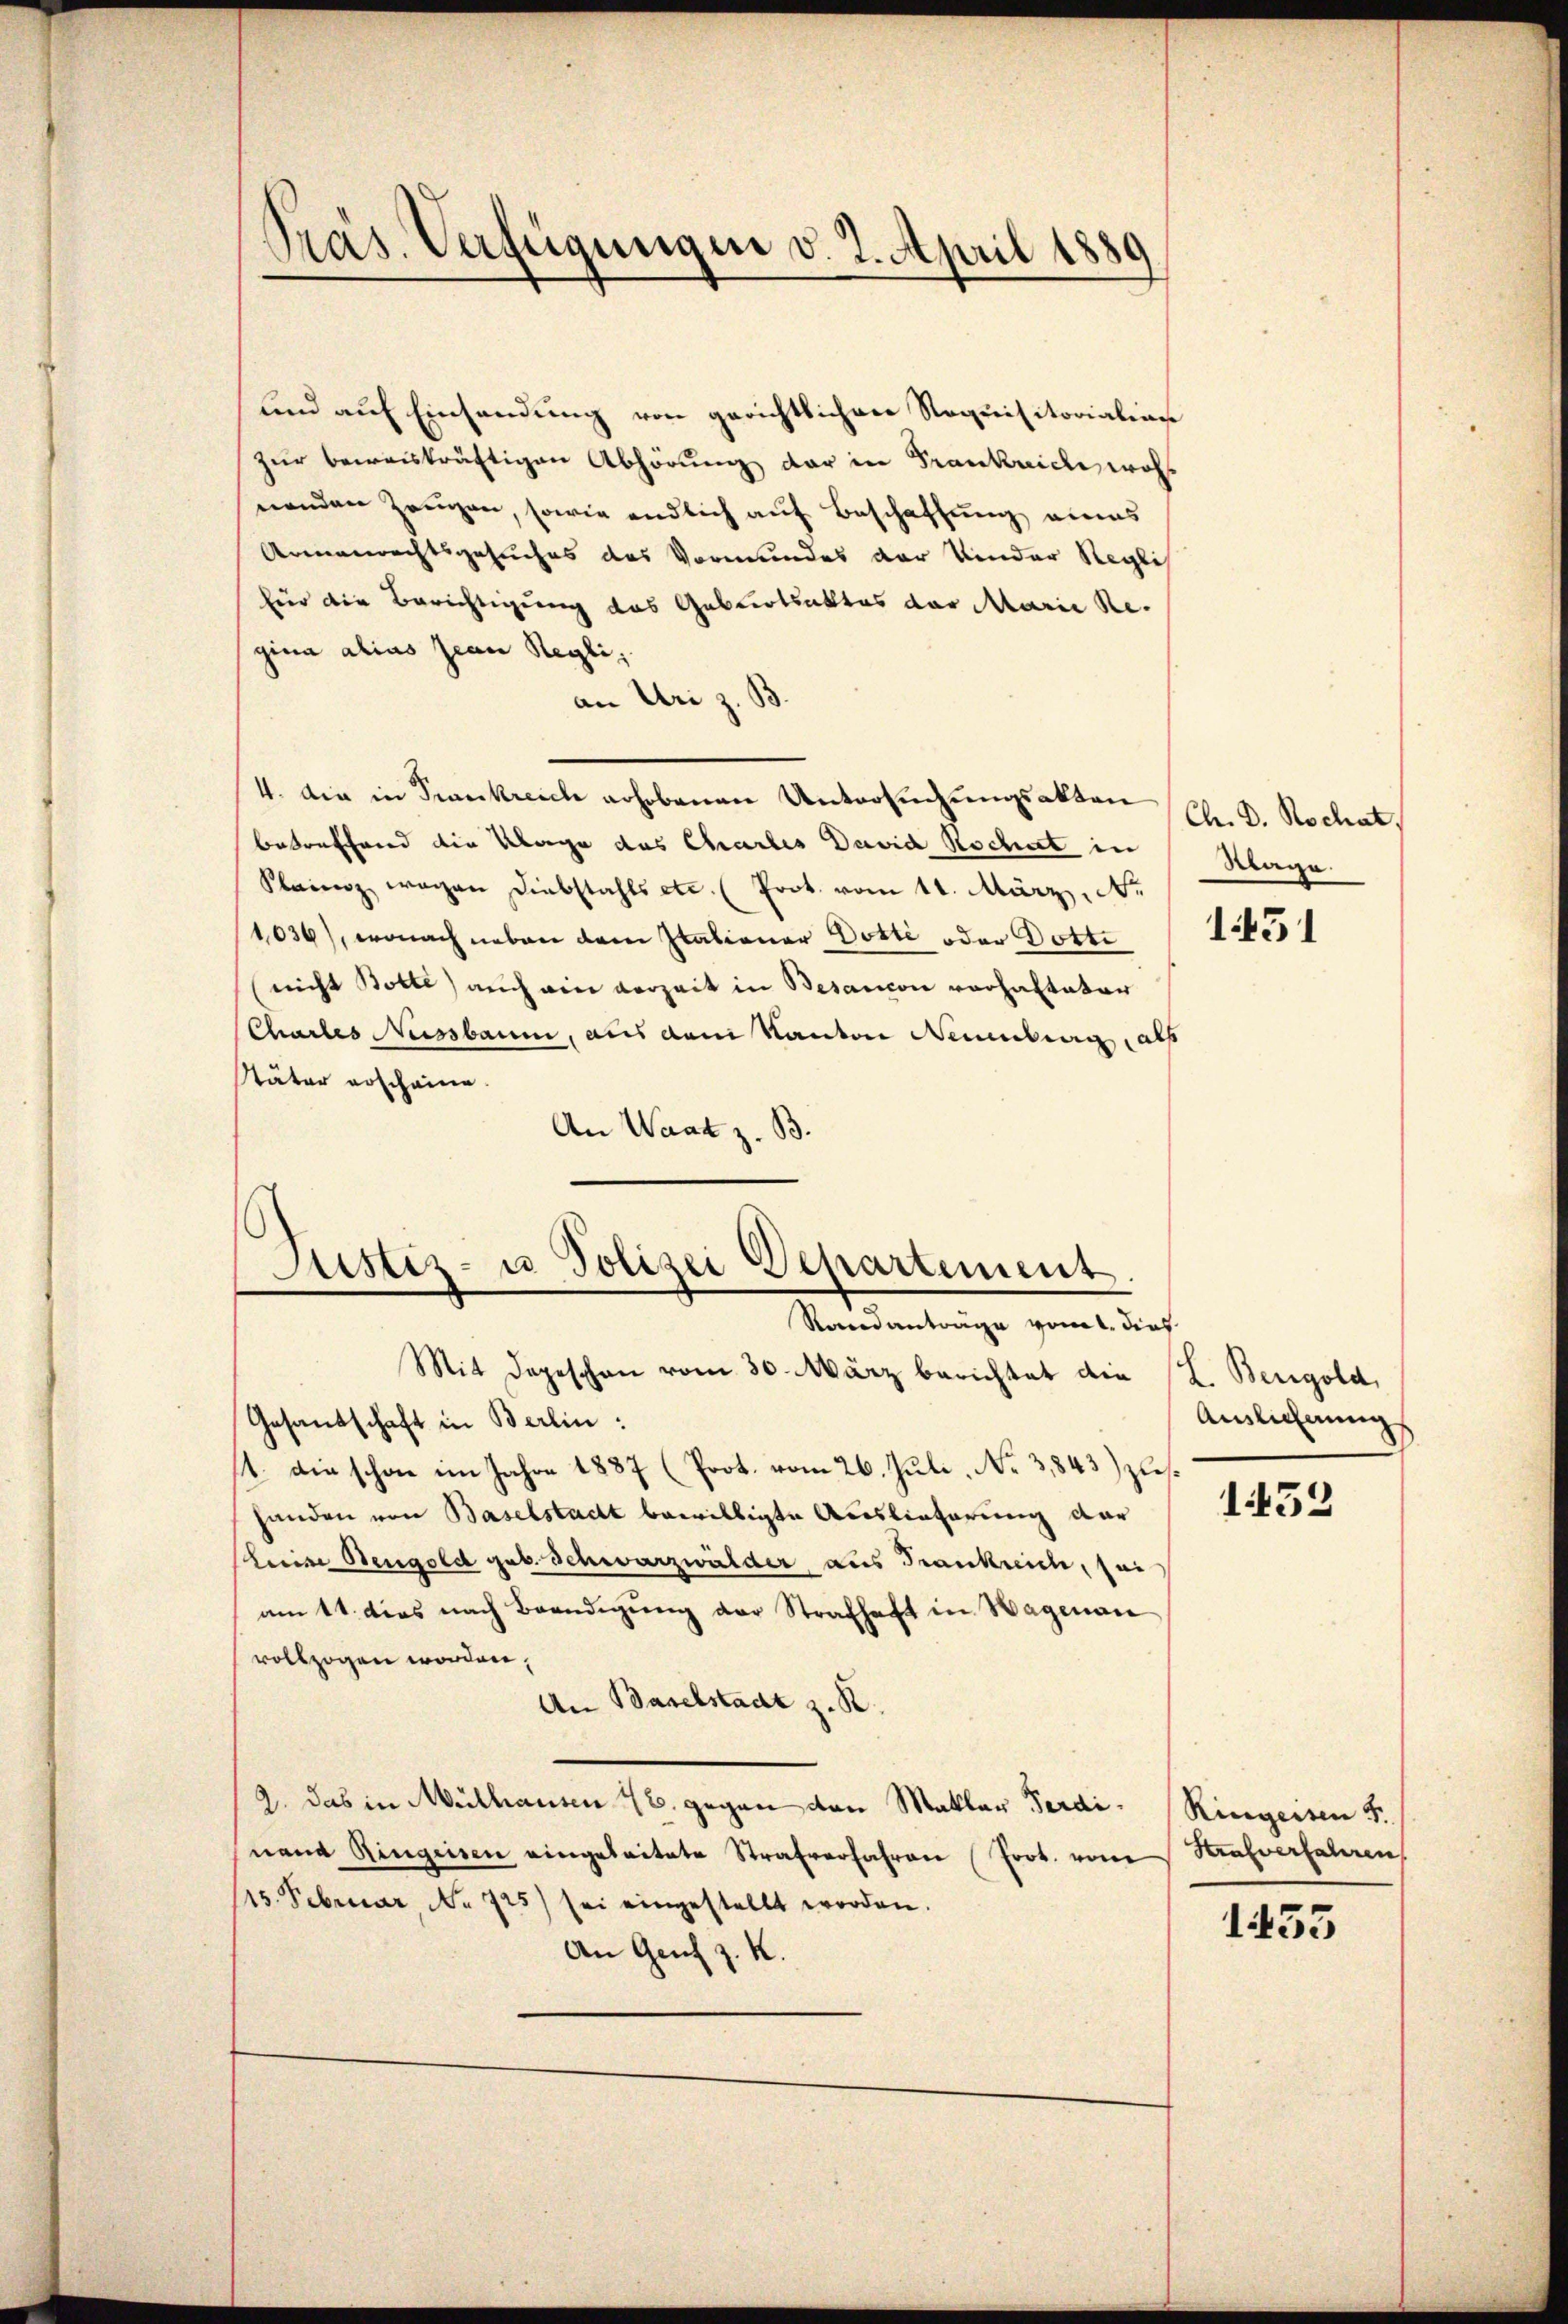
Präs. Verfügungen v. 2. April 1889

sind auf Einsendung von gerichtlichen Requisitorialian
zur beweiskräftigen Abhörung der in Frankrich wohl
nenden Zeugen, sowie endlich auf Beschaffung eines
Armenrechtsgesuches des Vormundes der Kinder Reglich
für die Berichtigung das Geburtsaktes der Marie Regina alias Jean Regli,
an Uri z. B.
4. Die in Frankreich erhobenen Untersuchungsakten
betreffend die Klage das Chartes David Rochet in
Kainz wegen Diebstahls etc. (Prot. vom 11. März. Nr
1036), wonach neben dem Italianer Dotte oder Dotti
nicht Botte) auch ein vorzeit in Besancon vorhalteter
Charles Nussbaum, aus dem Kanton Neuenburg, als
Väter erscheine.
An Waat z. B.

Justiz- u Polizei Departement
Rondanträge vom 1. dies
Mit Depeschen vom 30. März berichtet die

Ch. D. Rochat,
Sage.

Gesandschaft in Berlin:
14. die schon im Jahre 1887 (Prot. vom 26. Juli, No 3,843) zushanden von Baselstadt bewilligte Auslieferung dar
Scheine Bengold geb. Schwarzwälder aus Frankreich, sei
am 11. dies nach Beendigŭng der Strafhaft in Hagenau
vollzogen worden,
An Baselstadt z. R.
2. Das in Mülhausen 16. gegen von Maklar Ferdinand Ringeisen eingeleitete Strafverfahren Prot. von Strafverfahren
115. Februar No 725) sei eingestellt worden.
An Genf z. K.

1451

s
Bengold,
Auslichnung

1452

Ringeisen S.

1433